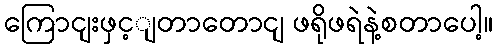
ကြောငျးဖှင့ျတာတောငျ ဖရိုဖရဲနဲ့စတာပေါ့။